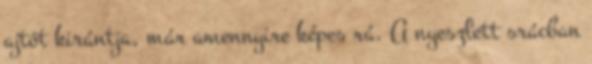
ajtót kirántja, már amennyire képes rá. A nyeszlett srácban